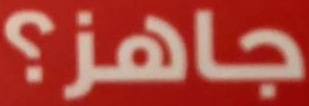
جاهز؟